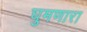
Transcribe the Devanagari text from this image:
घुमणारा